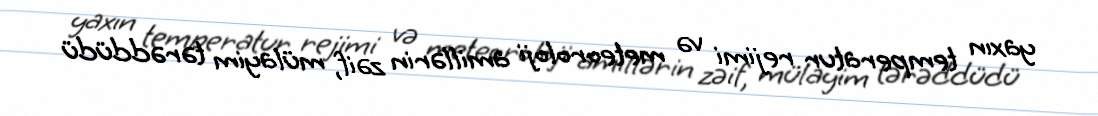
yaxın temperatur rejimi və meteoroloji amillərin zəif, mülayim tərəddüdü